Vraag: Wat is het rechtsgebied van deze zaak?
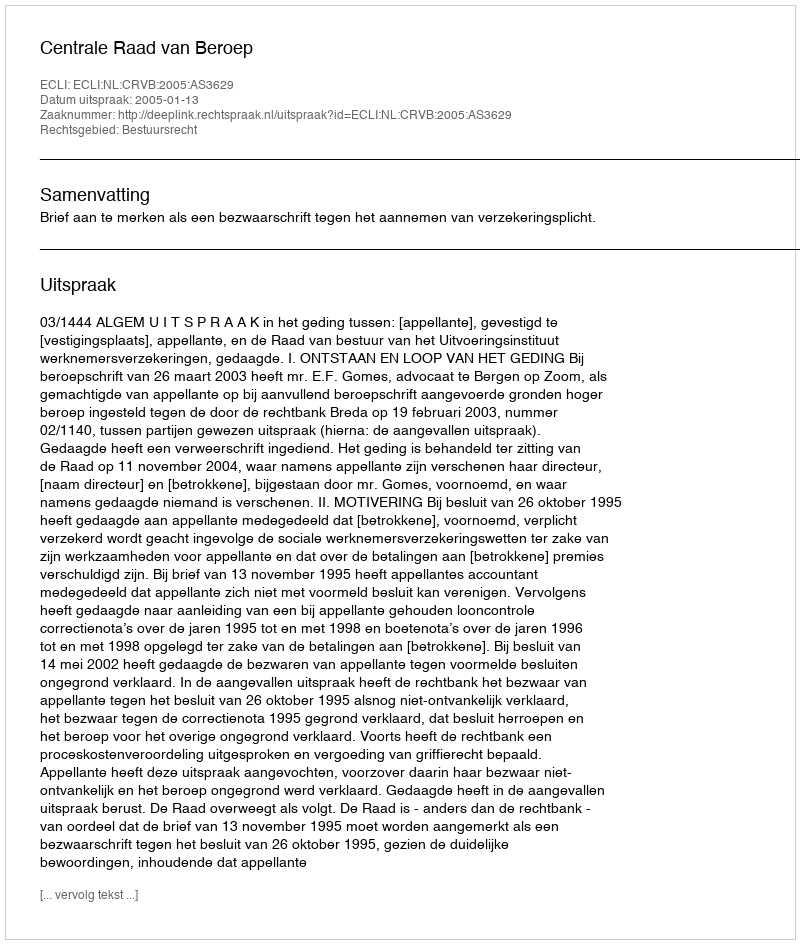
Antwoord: Bestuursrecht